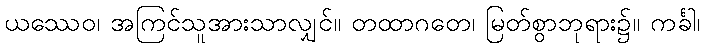
ယဿေဝ၊ အကြင်သူအားသာလျှင်။ တထာဂတေ၊ မြတ်စွာဘုရား၌။ ကင်္ခါ၊